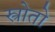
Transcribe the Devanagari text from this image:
स्त्रोतो